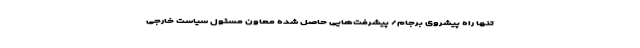
تنها راه پیشروی برجام/ پیشرفت‌هایی حاصل شده معاون مسئول سیاست خارجی